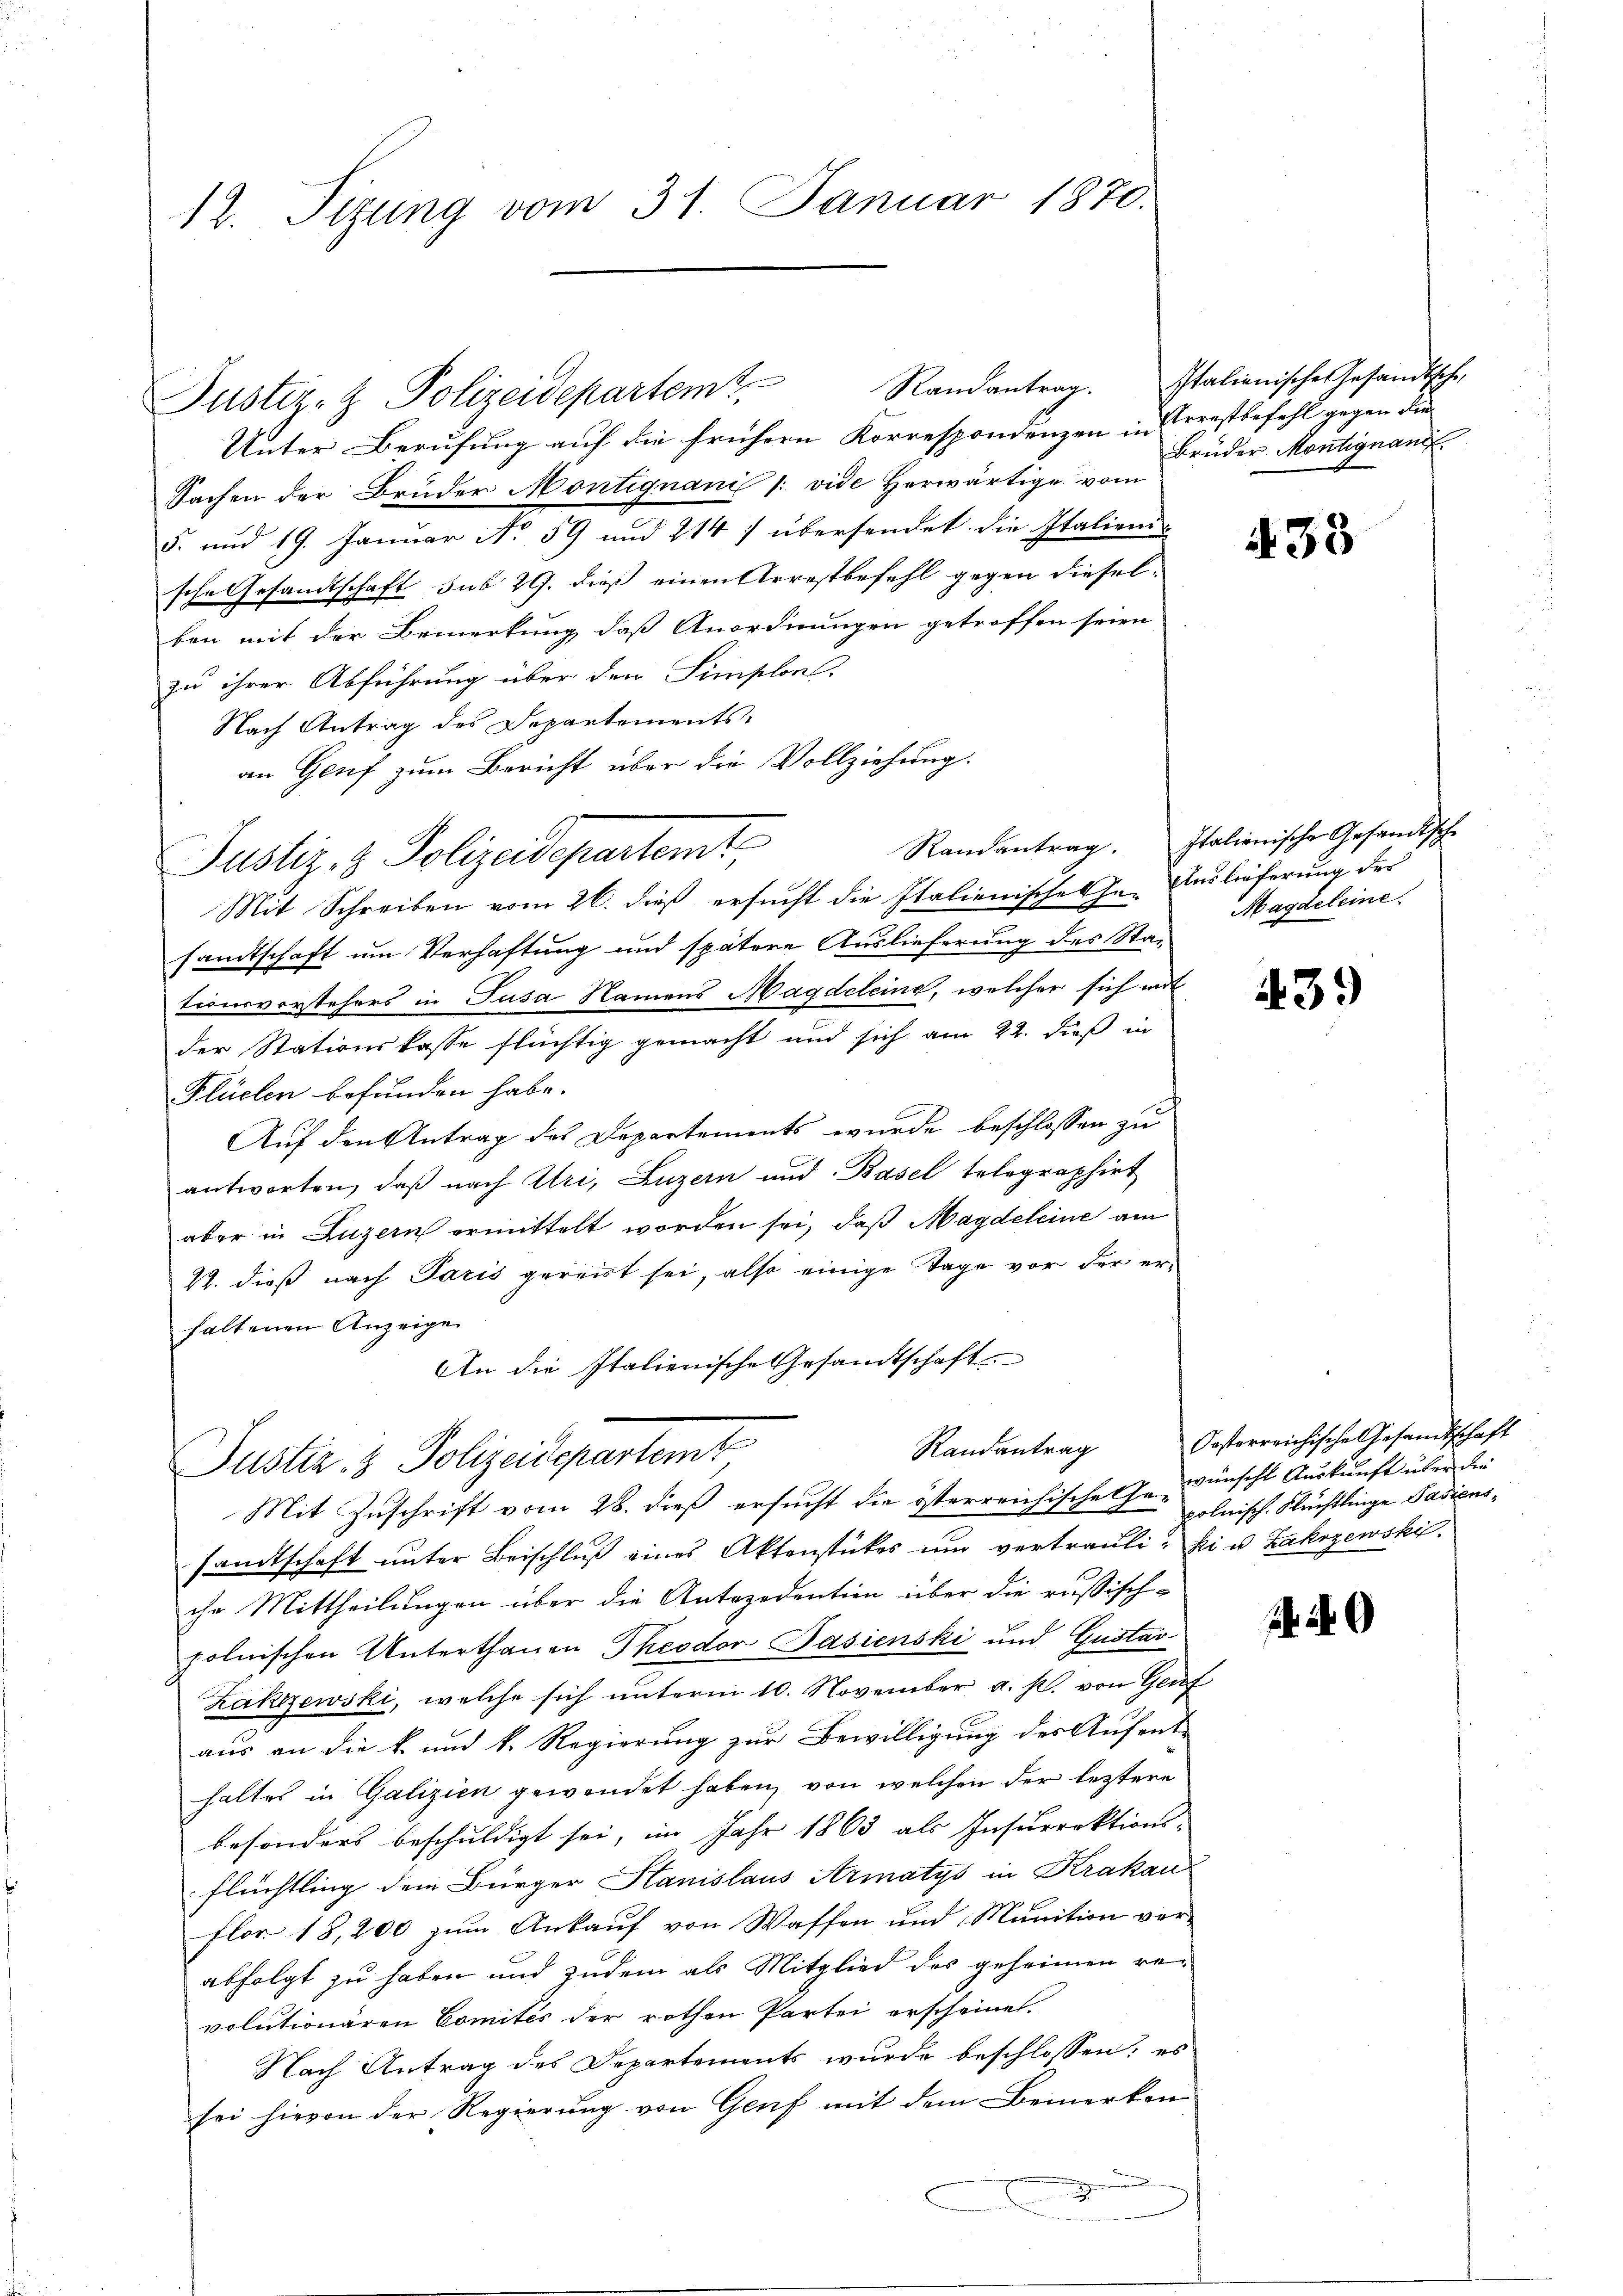
12. Tizung vom 31. Januar 1870.

Justiz- & Polizeidepartemt,

Justiz- & Polizeidepartem Randantrag. Italienische Gesandtsche
Unter Berufung auf die frühern Korrespondenzen in Terastbefehl gegen die¬
Sachen der Brüder Montignani /: vide herwärtige vom
5. und 19. Januar No 59 und 2147 übersendet die Italienis
sche Gesandtschaft sub 29. dieß einen Arrestbefehl gegen dieselben mit der Bemerkung daß Anordnungen getroffen seien
zu ihrer Abführung über den Simsboul.
Nach Antrag des Departements:
an Genf zum Bericht über die Vollziehung.
Mit Schreiben vom 26. dieß ersucht die Italienische Cha- Auslieferung der
sandtschaft um Verhaftung und spätere Auslieferung des Stationsvorstehers in Pusa Namens Magdeleine, welcher sich mit
der Stationskasse flüchtig gemacht und sich am 22. dieß in
Flüelen befunden habe.
Auf den Antrag des Departements wurde beschlossen zu
antworten, daß nach Uri, Luzern und Basel telegraphirt
aber in Luzern ermittelt worden sei, daß Magdeleine am
22. dieß nach Paris gereist sei, also einige Tage vor der er-
haltenen Anzeige
An die Italienische Gesandtschaft
Randantrag
Justiz- & Polizeisepartemt
Mit Zuschrift vom 28. dieß ersucht die österreichische Ge-
sandtschaft ŭnter Beischlŭβ eines Aktenstückes um vertrauli. Ei u. Zakogewski.
che Mittheilungen über die Antezedention über die russischpolnischen Unterthanen Theodor Pasienski und Gustav
Zakzzewski, welche sich unterm 10. November a. p. von Genf
aus an die k. und k. Regierung zur Bewilligung der Aufent-
haltes in Galizien gewendet haben, von welchen der leztere
besonders beschuldigt sei, im Jahr 1863 als Insurrektions-
Flüchtling dem Bürger Stanislaus Armatys in Krakau
flor 18,200 zum Ankauf von Waffen und Munition vor-
abfolgt zu haben und zudem als Mitglied des geheimen revolutionären Comités der rothen Partei erscheinet.
Nach Antrag des Departements wurde beschlossen; es
sei hievon der Regierung von Genf mit dem Bemerken
d

Brüder Montignand

438

Randantrag. Italienische Gesandtsche
Magdeleine

439

Oesterreichische Gesandtschaft
wünscht Auskunft über die
polnisch. Fristlinge Pasiens¬

14.40